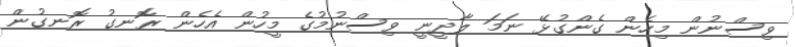
ވިސްނުން މިހެން ގެންގުޅޭ ނަމަ ލާދީނީ ވިސްނުމުގެ މީހުން އެހެން ރޮނގު ރޮނގުން